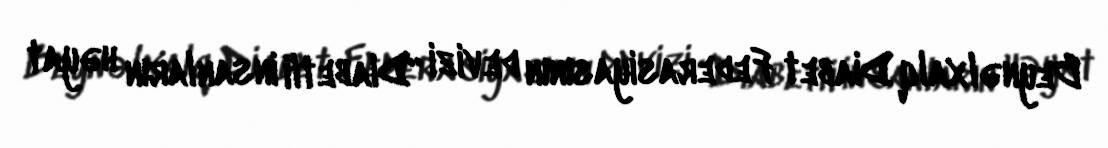
Beynəlxalq Diabet Federasiyasının devizi “Diabetli insanların həyat